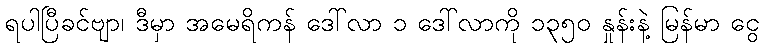
ရပါပြီခင်ဗျာ၊ ဒီမှာ အမေရိကန် ဒေါ်လာ ၁ ဒေါ်လာကို ၁၃၅၀ နှုန်းနဲ့ မြန်မာ ငွေ